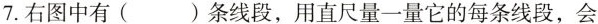
7.右图中有()条线段，用直尺量一量它的每条线段，会